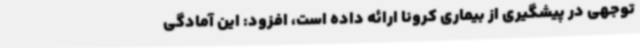
توجهی در پیشگیری از بیماری کرونا ارائه داده است، افزود: این آمادگی